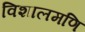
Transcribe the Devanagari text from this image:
विशालमणि